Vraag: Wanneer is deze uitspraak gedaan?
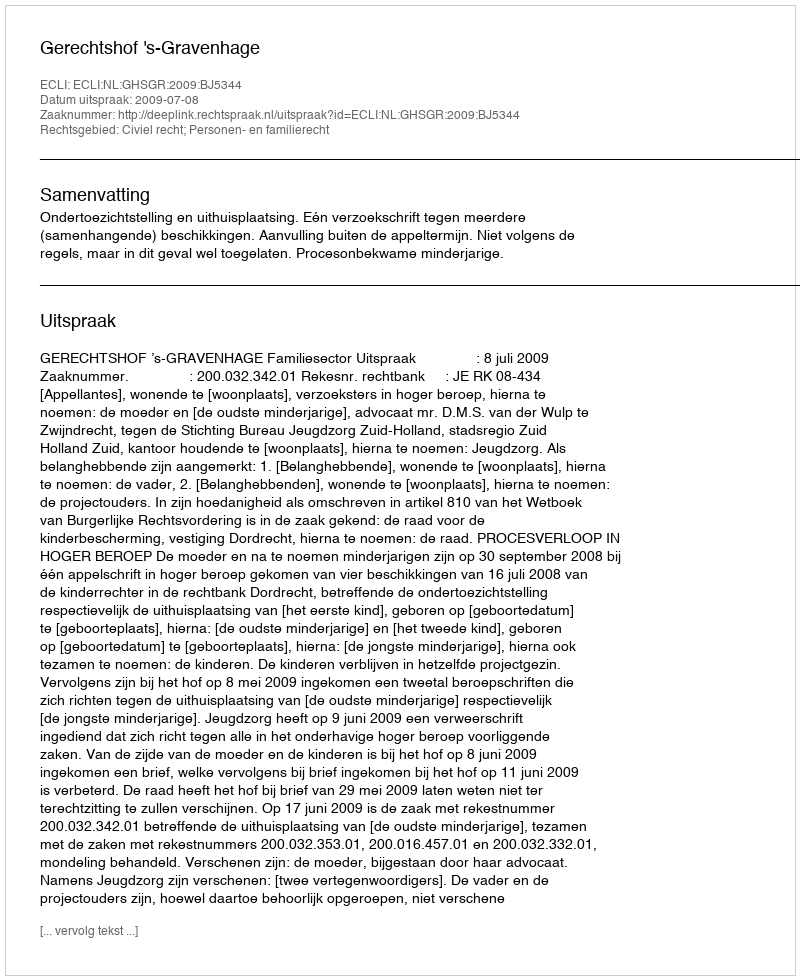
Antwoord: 2009-07-08